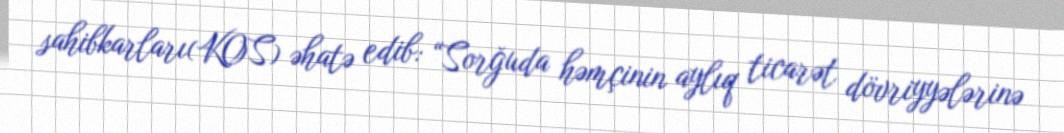
sahibkarları(KOS) əhatə edib: “Sorğuda həmçinin aylıq ticarət dövriyyələrinə